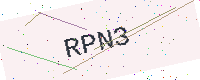
Text: RPN3